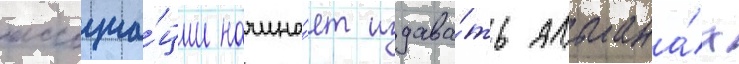
ассоциа́ции начина́ет издава́ть альмана́х